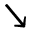
\searrow